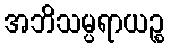
အဘိသမ္ပရာယဉ္စ